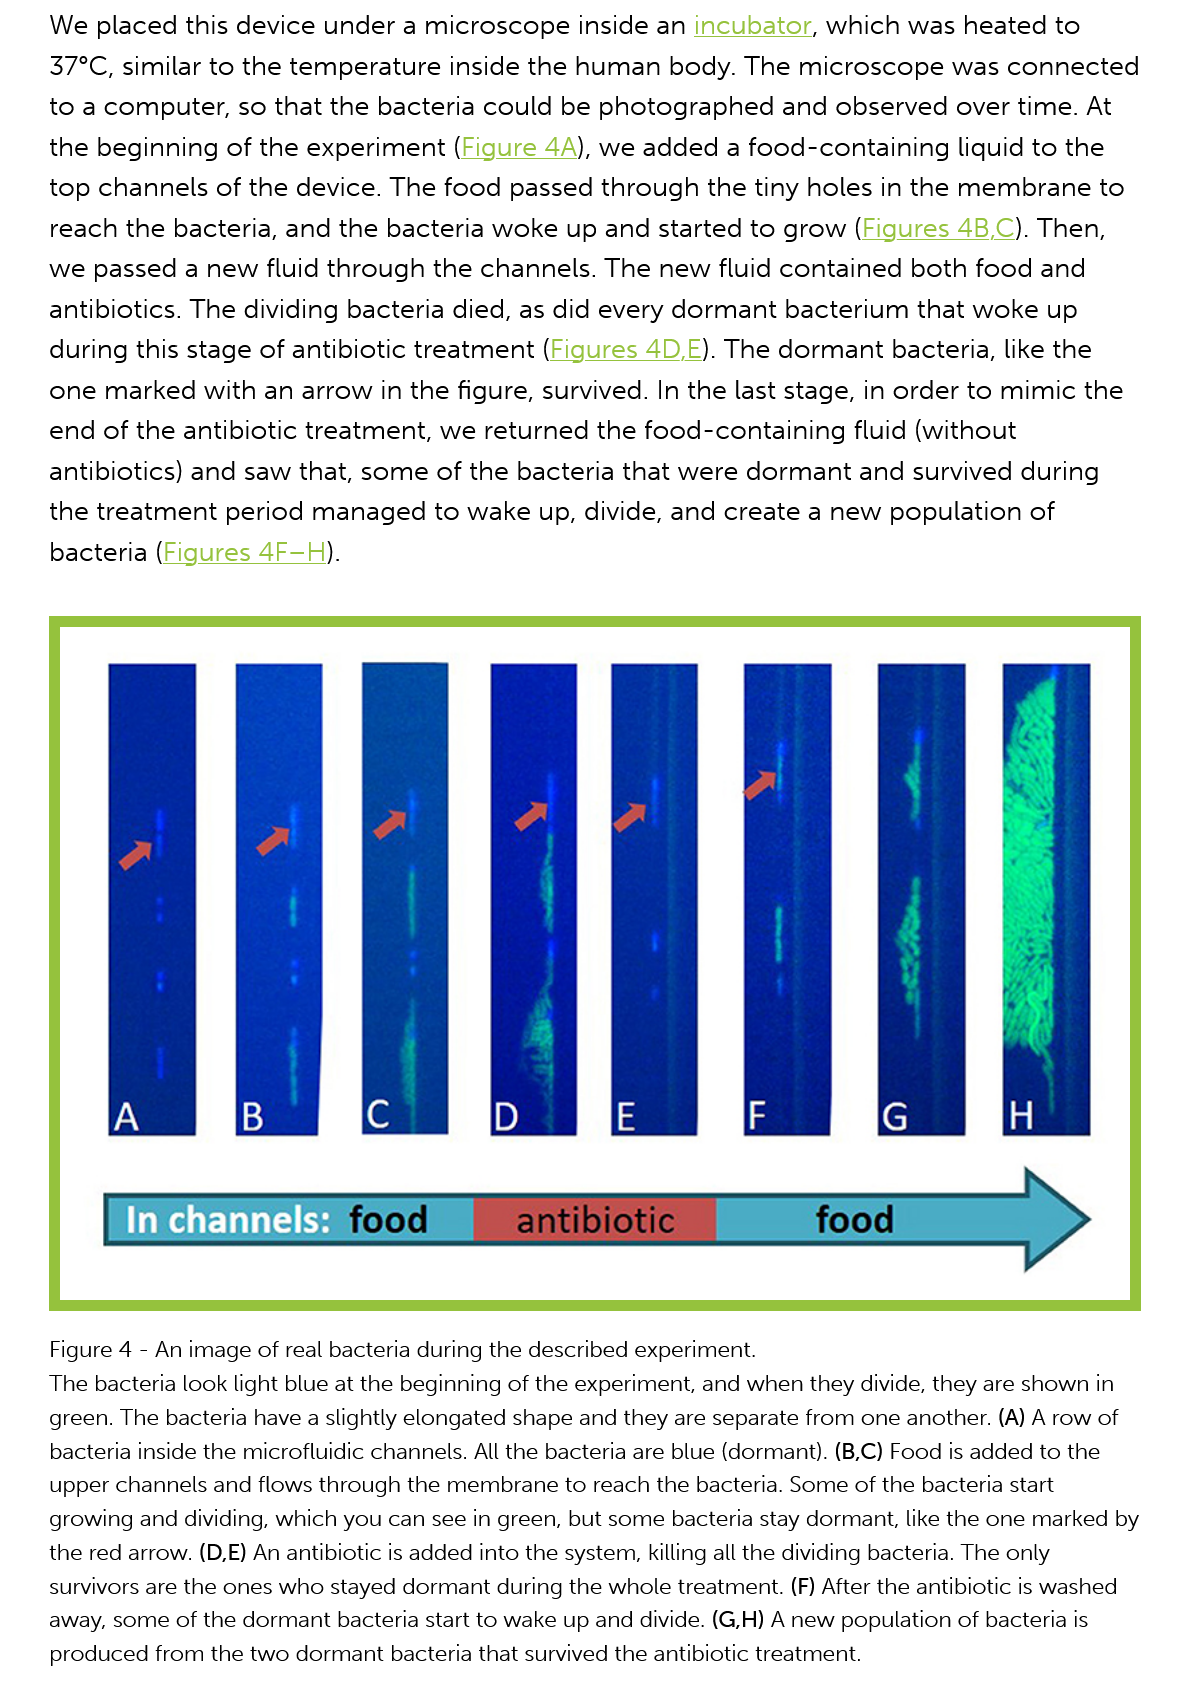
We placed  this device under  a microscope inside   an incubator, which  was  heated  to
     37°C, similar to the temperature  inside the human   body. The  microscope   was  connected
     to a computer,  so that the bacteria could  be photographed    and observed   over time. At
     the beginning  of the experiment (Figure  4A), we  added  a food-containing liquid  to the

     top channels  of the device. The  food passed  through the  tiny holes in the membrane    to
     reach the  bacteria, and the bacteria woke  up  and started to grow (Figures  4B,C). Then,
     we passed  a new fluid  through  the channels. The  new fluid contained   both food  and
     antibiotics. The dividing bacteria died, as did every dormant  bacterium  that woke   up
     during this stage of antibiotic treatment (Figures 4D,£). The dormant  bacteria, like the
     one  marked  with an  arrow in the figure, survived. In the last stage, in order to mimic the
     end of the antibiotic treatment, we  returned  the food-containing   fluid (without
     antibiotics) and saw that, some  of the bacteria that were  dormant  and  survived during
     the treatment  period managed    to wake up, divide, and  create a new  population  of
     bacteria (Figures 4F—H).
     Figure 4
     -
     An image of real bacteria during the described experiment.
     The bacteria look light blue at the beginning of the experiment, and when they divide, they are shown in
     green. The bacteria have
   a
     slightly elongated shape and they are separate from one another. (A) A row of
     bacteria inside the microfluidic channels. All the bacteria are blue (dormant). (B,C) Food is added to the
     upper channels and flows through the membrane to reach the bacteria. Some of the bacteria start
     growing and dividing, which you can see in green, but some bacteria stay dormant, like the one marked by
     the red arrow. (D,E) An antibiotic is added into the system, killing all the dividing bacteria. The only
     survivors are the ones who stayed dormant during the whole treatment. (F) After the antibiotic is washed
     away, some of the dormant bacteria start to wake up and divide. (G,H) A new population of bacteria is
     produced from the two dormant bacteria that survived the antibiotic treatment.
     In  channels:    food    antibiotic    food